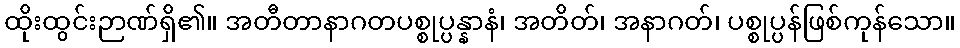
ထိုးထွင်းဉာဏ်ရှိ၏။ အတီတာနာဂတပစ္စုပ္ပန္နာနံ၊ အတိတ်၊ အနာဂတ်၊ ပစ္စုပ္ပန်ဖြစ်ကုန်သော။